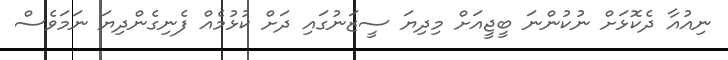
ނިއުއާ ދެކޮޅަށް ނުކުންނަ ބީޖީއަށް މިދިޔަ ސީޒަނުގައި ދަށް ކުޅުމެއް ފެނިގެންދިޔަ ނަމަވެސް